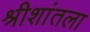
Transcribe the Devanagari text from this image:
श्रीशांतला